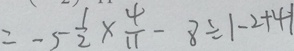
= - 5 \frac { 1 } { 2 } \times \frac { 4 } { 1 1 } - 8 \div \vert - 2 + 4 \vert